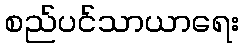
စည်ပင်သာယာရေး